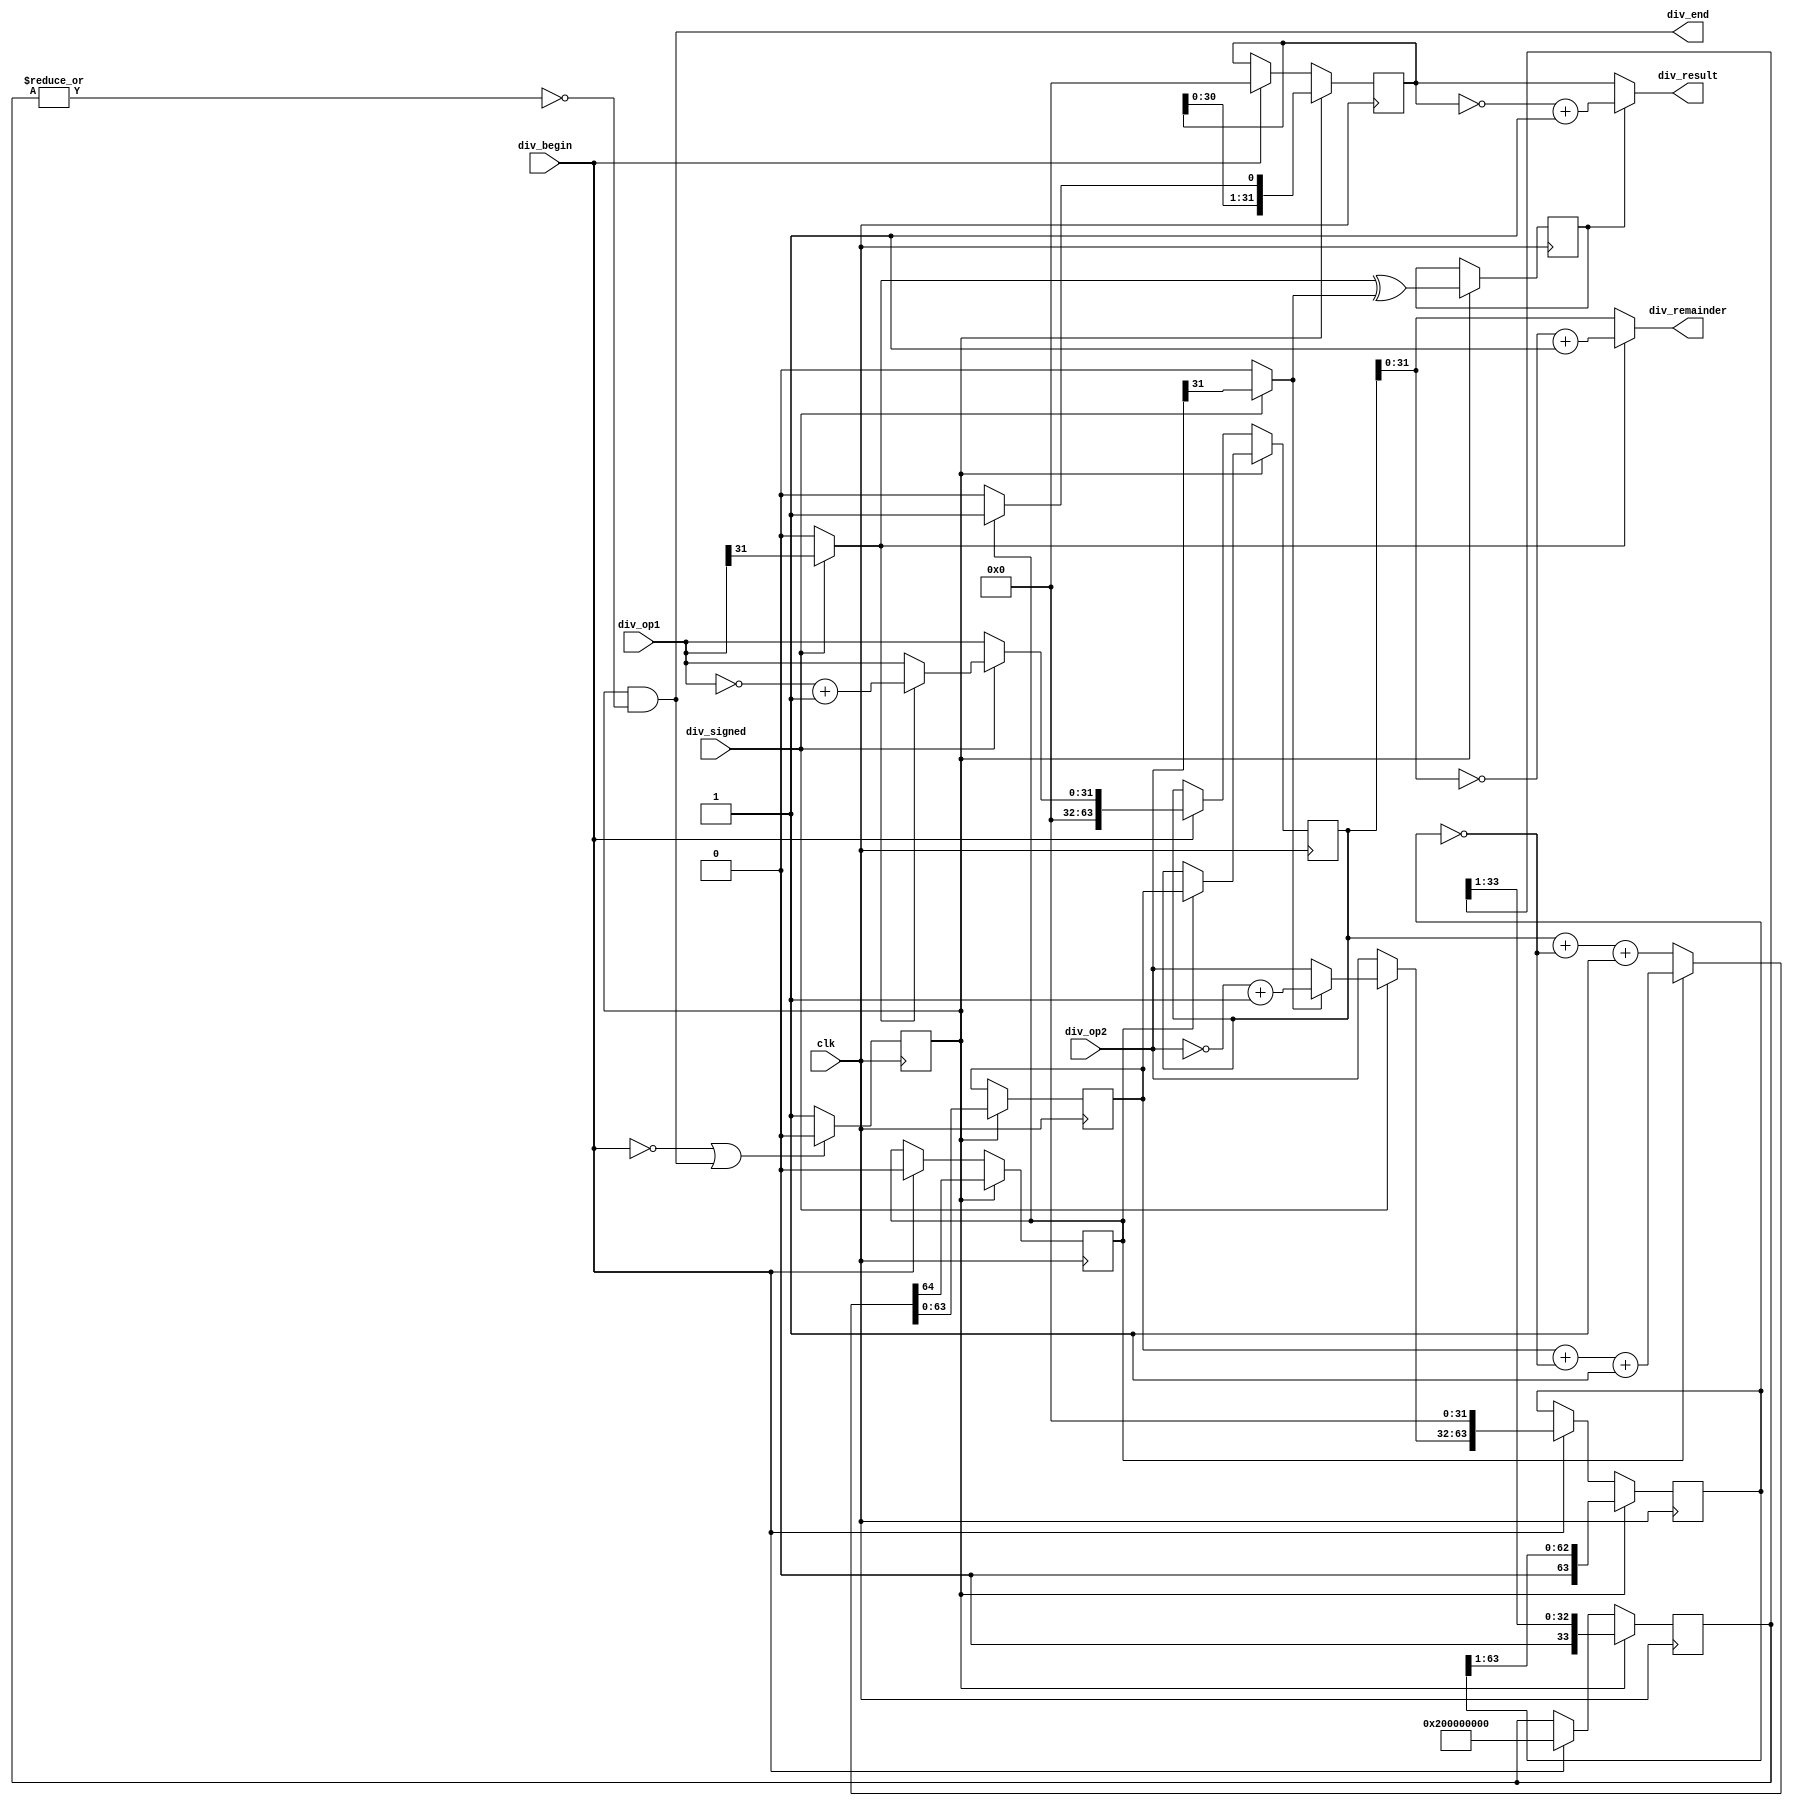
module divider(
	input wire 			clk,
	input wire 			div_begin,
	input wire          div_signed,
	input wire [31:0] 	div_op1,
	input wire [31:0] 	div_op2,
	output wire [31:0] 	div_result,
	output wire [31:0] 	div_remainder,
	output wire 		div_end

	);
	// Divider calculating signal and end signal
	reg div_valid;
	// Set to 33 times jump out.
	assign div_end = div_valid & ~(|times);
	always @(posedge clk) 
	begin
		if (!div_begin || div_end) 
		begin
			div_valid <= 1'b0;
		end
		else
		begin
		    div_valid <= 1'b1;
		end
	end
	// Get the absolute value of two operands.
    wire        op1_sign;      
    wire        op2_sign;      
    wire [31:0] op1_absolute;  
    wire [31:0] op2_absolute;  
    assign op1_sign = div_signed ? div_op1[31] : 1'b0;
    assign op2_sign = div_signed ? div_op2[31] : 1'b0;
    assign op1_absolute = ~div_signed ? div_op1 : op1_sign ? (~div_op1+1) : div_op1;
    assign op2_absolute = ~div_signed ? div_op2 : op2_sign ? (~div_op2+1) : div_op2;

    // Load dividend, actually we can regard it as the original remainder
    reg [63:0] remainder;
    reg [63:0] remainder_tmp;
    reg [63:0] divisor;
    reg [31:0] quotient;
    reg carry;
    reg [33:0] times;
    always @(posedge clk) 
    begin
        if (div_valid)
    	begin
    		{carry,remainder_tmp} <= (carry==1'b1)
    		                       ? {1'b0,remainder_tmp} + {1'b0,~divisor} + 1'b1
    		                       : {1'b0,remainder} + {1'b0,~divisor} + 1'b1;
    		if (carry==1'b1)	// Judge if remainder_tmp - divisor > 0
    		begin
    		    remainder <= remainder_tmp;
    			quotient <= {quotient[30:0],1'b1};
    		end
    		else
    		begin
    			quotient <= {quotient[30:0],1'b0};
    		end
    		divisor <= {1'b0,divisor[63:1]};
            times <= {1'b0,times[33:1]};
    	end
    	else if (div_begin)
        begin
            remainder <= {32'd0,op1_absolute};    
            divisor <= {op2_absolute,32'd0};
            quotient <= 32'b0;
            carry <= 1'b0;
            times <= {1'b1,33'd0};
        end
    end
	// Calculate sign and real-result of divider reuslt.
    reg quotient_sign;
    always @ (posedge clk)
    begin
        if (div_valid)
        begin
              quotient_sign <= op1_sign ^ op2_sign;
        end
    end
    
    assign div_result = quotient_sign ? (~quotient + 1) : quotient;
    assign div_remainder = op1_sign ? (~remainder[31:0] + 1) : remainder[31:0];
endmodule